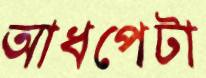
আধপেটা